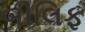
બીલિફ